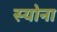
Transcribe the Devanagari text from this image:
स्योना